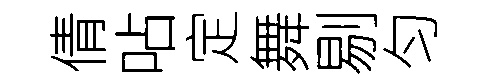
倩呫定舞剔匀